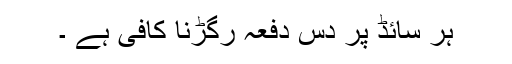
ہر سائڈ پر دس دفعہ رگڑنا کافی ہے ۔